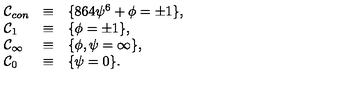
\begin{array} { l c l } { { \cal C } _ { c o n } } & { \equiv } & { \{ 8 6 4 \psi ^ { 6 } + \phi = \pm 1 \} , } \\ { { \cal C } _ { 1 } } & { \equiv } & { \{ \phi = \pm 1 \} , } \\ { { \cal C } _ { \infty } } & { \equiv } & { \{ \phi , \psi = \infty \} , } \\ { { \cal C } _ { 0 } } & { \equiv } & { \{ \psi = 0 \} . } \\ \end{array}